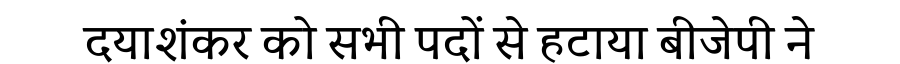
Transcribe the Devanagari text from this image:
दयाशंकर को सभी पदों से हटाया बीजेपी ने